Preparation of a safe and efficient antirabic vaccine - Number 44
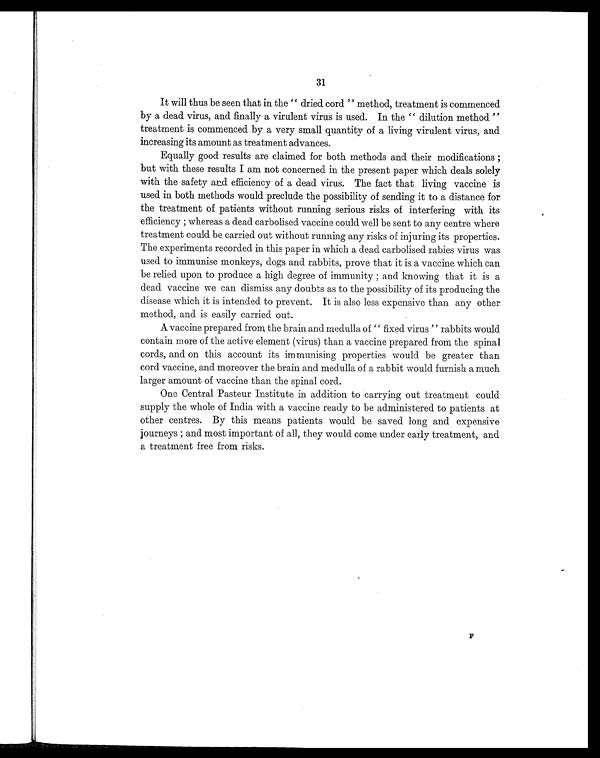
31
It will thus be seen that in the " dried cord " method, treatment is commenced
by a dead virus, and finally a virulent virus is used. In the " dilution method "
treatment is commenced by a very small quantity of a living virulent virus, and
increasing its amount as treatment advances.
Equally good results are claimed for both methods and their modifications
; b u t w i t h t h e s e r e s u l t s I a m n o t c o n c e r n e d i n t h e p r e s e n t p a p e r w h i c h d e a l s s o l e l y
with the safety and efficiency of a dead virus. The fact that living vaccine is
used in both methods would preclude the possibility of sending it to a distance for
the treatment of patients without running serious risks of interfering with its
efficiency ; whereas a dead carbolised vaccine could well be sent to any centre where
treatment could be carried out without running any risks of injuring its properties.
The experiments recorded in this paper in which a dead carbolised rabies virus was
used to immunise monkeys, dogs and rabbits, prove that it is a vaccine which can
be relied upon to produce a high degree of immunity ; and knowing that it is a
dead vaccine we can dismiss any doubts as to the possibility of its producing the
disease which it is intended to prevent. It is also less expensive than any other
method, and is easily carried out.
A vaccine prepared from the brain and medulla of " fixed virus " rabbits would
contain more of the active element (virus) than a vaccine prepared from the spinal
cords, and on this account its immunising properties would be greater than
cord vaccine, and moreover the brain and medulla of a rabbit would furnish a much
larger amount of vaccine than the spinal cord.
One Central Pasteur Institute in addition to carrying out treatment could
supply the whole of India with a vaccine ready to be administered to patients at
other centres. By this means patients would be saved long and expensive
journeys ; and most important of all, they would come under early treatment, and
a treatment free from risks.
F